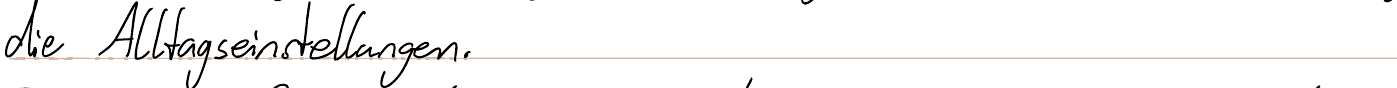
die Alltagseinstellungen.